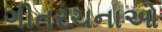
ગીતરચનાઓ